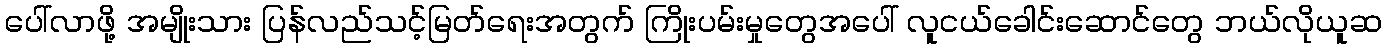
ပေါ်လာဖို့ အမျိုးသား ပြန်လည်သင့်မြတ်ရေးအတွက် ကြိုးပမ်းမှုတွေအပေါ် လူငယ်ခေါင်းဆောင်တွေ ဘယ်လိုယူဆ